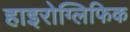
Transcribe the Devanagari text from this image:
हाइरोग्लिफिक